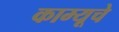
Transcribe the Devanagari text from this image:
काम्यूचे